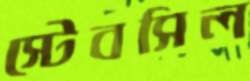
স্টেবসিল